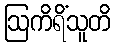
ဩကိရိံသူတိ